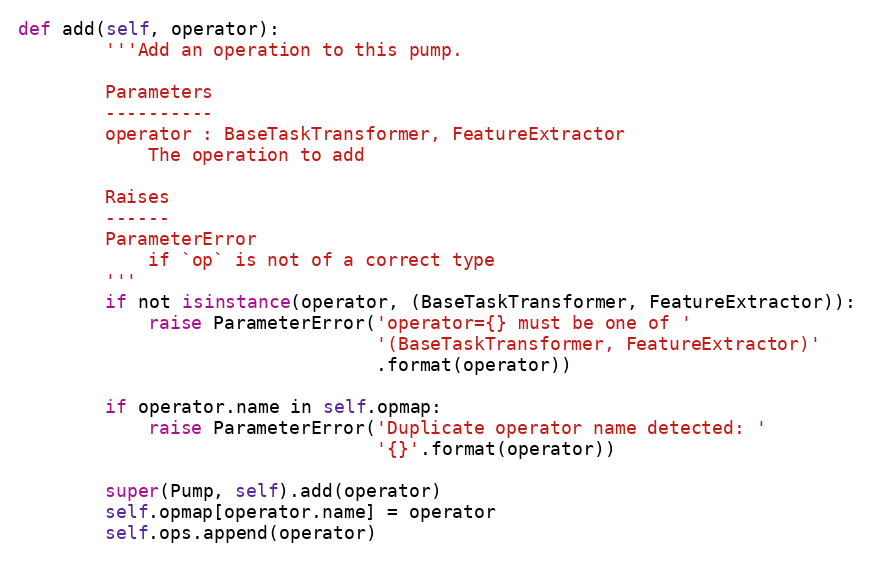
Language: Python
def add(self, operator):
        '''Add an operation to this pump.

        Parameters
        ----------
        operator : BaseTaskTransformer, FeatureExtractor
            The operation to add

        Raises
        ------
        ParameterError
            if `op` is not of a correct type
        '''
        if not isinstance(operator, (BaseTaskTransformer, FeatureExtractor)):
            raise ParameterError('operator={} must be one of '
                                 '(BaseTaskTransformer, FeatureExtractor)'
                                 .format(operator))

        if operator.name in self.opmap:
            raise ParameterError('Duplicate operator name detected: '
                                 '{}'.format(operator))

        super(Pump, self).add(operator)
        self.opmap[operator.name] = operator
        self.ops.append(operator)